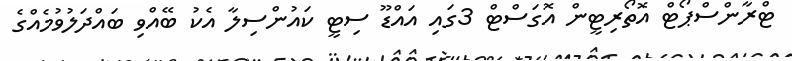
ޓްރާންސްޕޯޓް އޮތޯރިޓީން އޮގަސްޓް 3ގައި އައްޑޫ ސިޓީ ކައުންސިލާ އެކު ބޭއްވި ބައްދަލުވުމެއްގެ